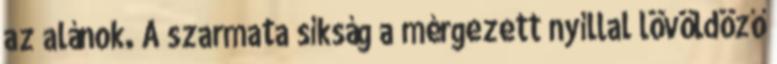
az alánok. A szarmata síkság a mérgezett nyíllal lövöldöző